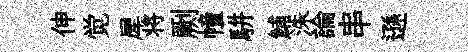
伸觉犀将劂幢駢鯆洙論串遜